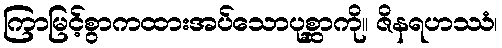
ကြာမြင့်စွာကထားအပ်သောပုစ္ဆာကို။ ဇိနရဟဿံ၊